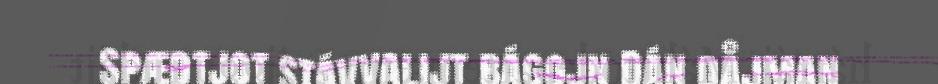
Spædtjot stávvalijt bágojn Dán dåjman